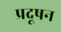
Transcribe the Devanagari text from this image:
प्रदूषन